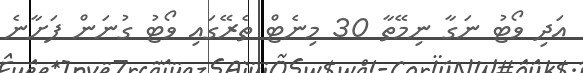
އަދި ވޯޓު ނަގާ ނިމޭތާ 30 މިނެޓް ތެރޭގައި ވޯޓު ގުނަން ފަށާނެ